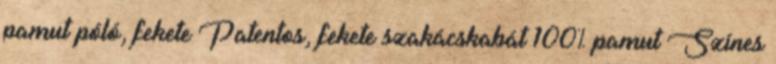
pamut póló, fekete Patentos, fekete szakácskabát 100% pamut Színes